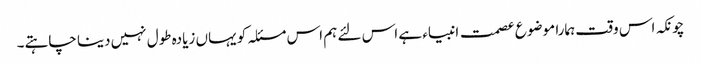
چونکہ اس وقت ہمارا موضوع عصمت انبیاء ہے اس لئے ہم اس مسئلہ کو یہاں زیادہ طول نہیں دینا چاہتے۔